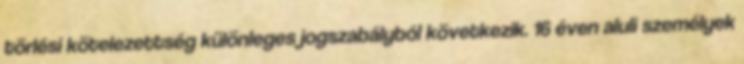
törlési kötelezettség különleges jogszabályból következik. 16 éven aluli személyek